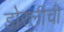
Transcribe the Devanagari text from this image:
डोरलीची